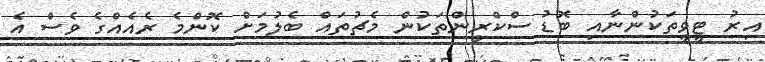
އިރު ޓީވީތަކުންނާއި ބޮޑު ސްކްރީންތަކުން މެޗުތައް ބެލުމަށް ކޮންމެ ރެއެއްގެ ވެސް އެ